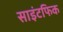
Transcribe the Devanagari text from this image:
साइंटफिक